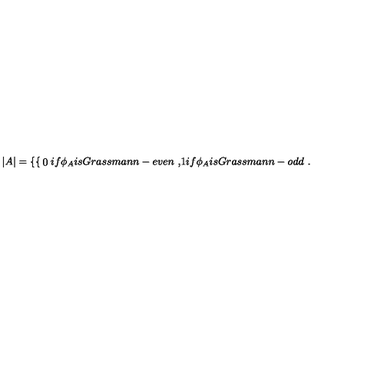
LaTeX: | A | = \left\{ \begin{cases} { 0 } & { i f \phi _ { A } i s G r a s s m a n n - e v e n \ , } \\ { 1 } & { i f \phi _ { A } i s G r a s s m a n n - o d d \ . } \\ \end{cases} \right.